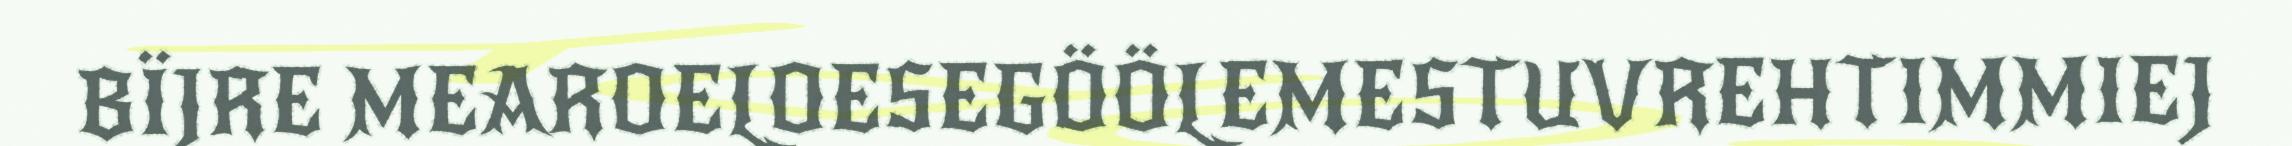
BÏJRE MEAROELOESEGÖÖLEMESTUVREHTIMMIEJ